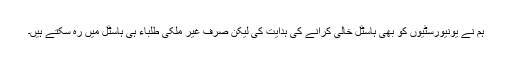
ہم نے یونیورسٹیوں کو بھی ہاسٹل خالی کرانے کی ہدایت کی لیکن صرف غیر ملکی طلباء ہی ہاسٹل میں رہ سکتے ہیں۔